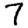
Digit: 7